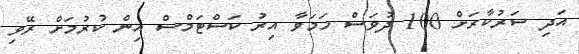
އަދި ސަރުކާރަށް 100 ދުވަސް ހަމަވާ އިރު ކަސްޓަމްސް އިން ކުރުމަށް ރޭވި